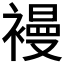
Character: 𧜞